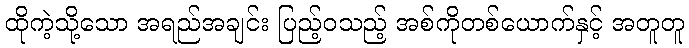
ထိုကဲ့သို့သော အရည်အချင်း ပြည့်ဝသည့် အစ်ကိုတစ်ယောက်နှင့် အတူတူ